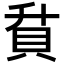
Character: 𮙶